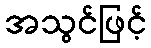
အသွင်ဖြင့်